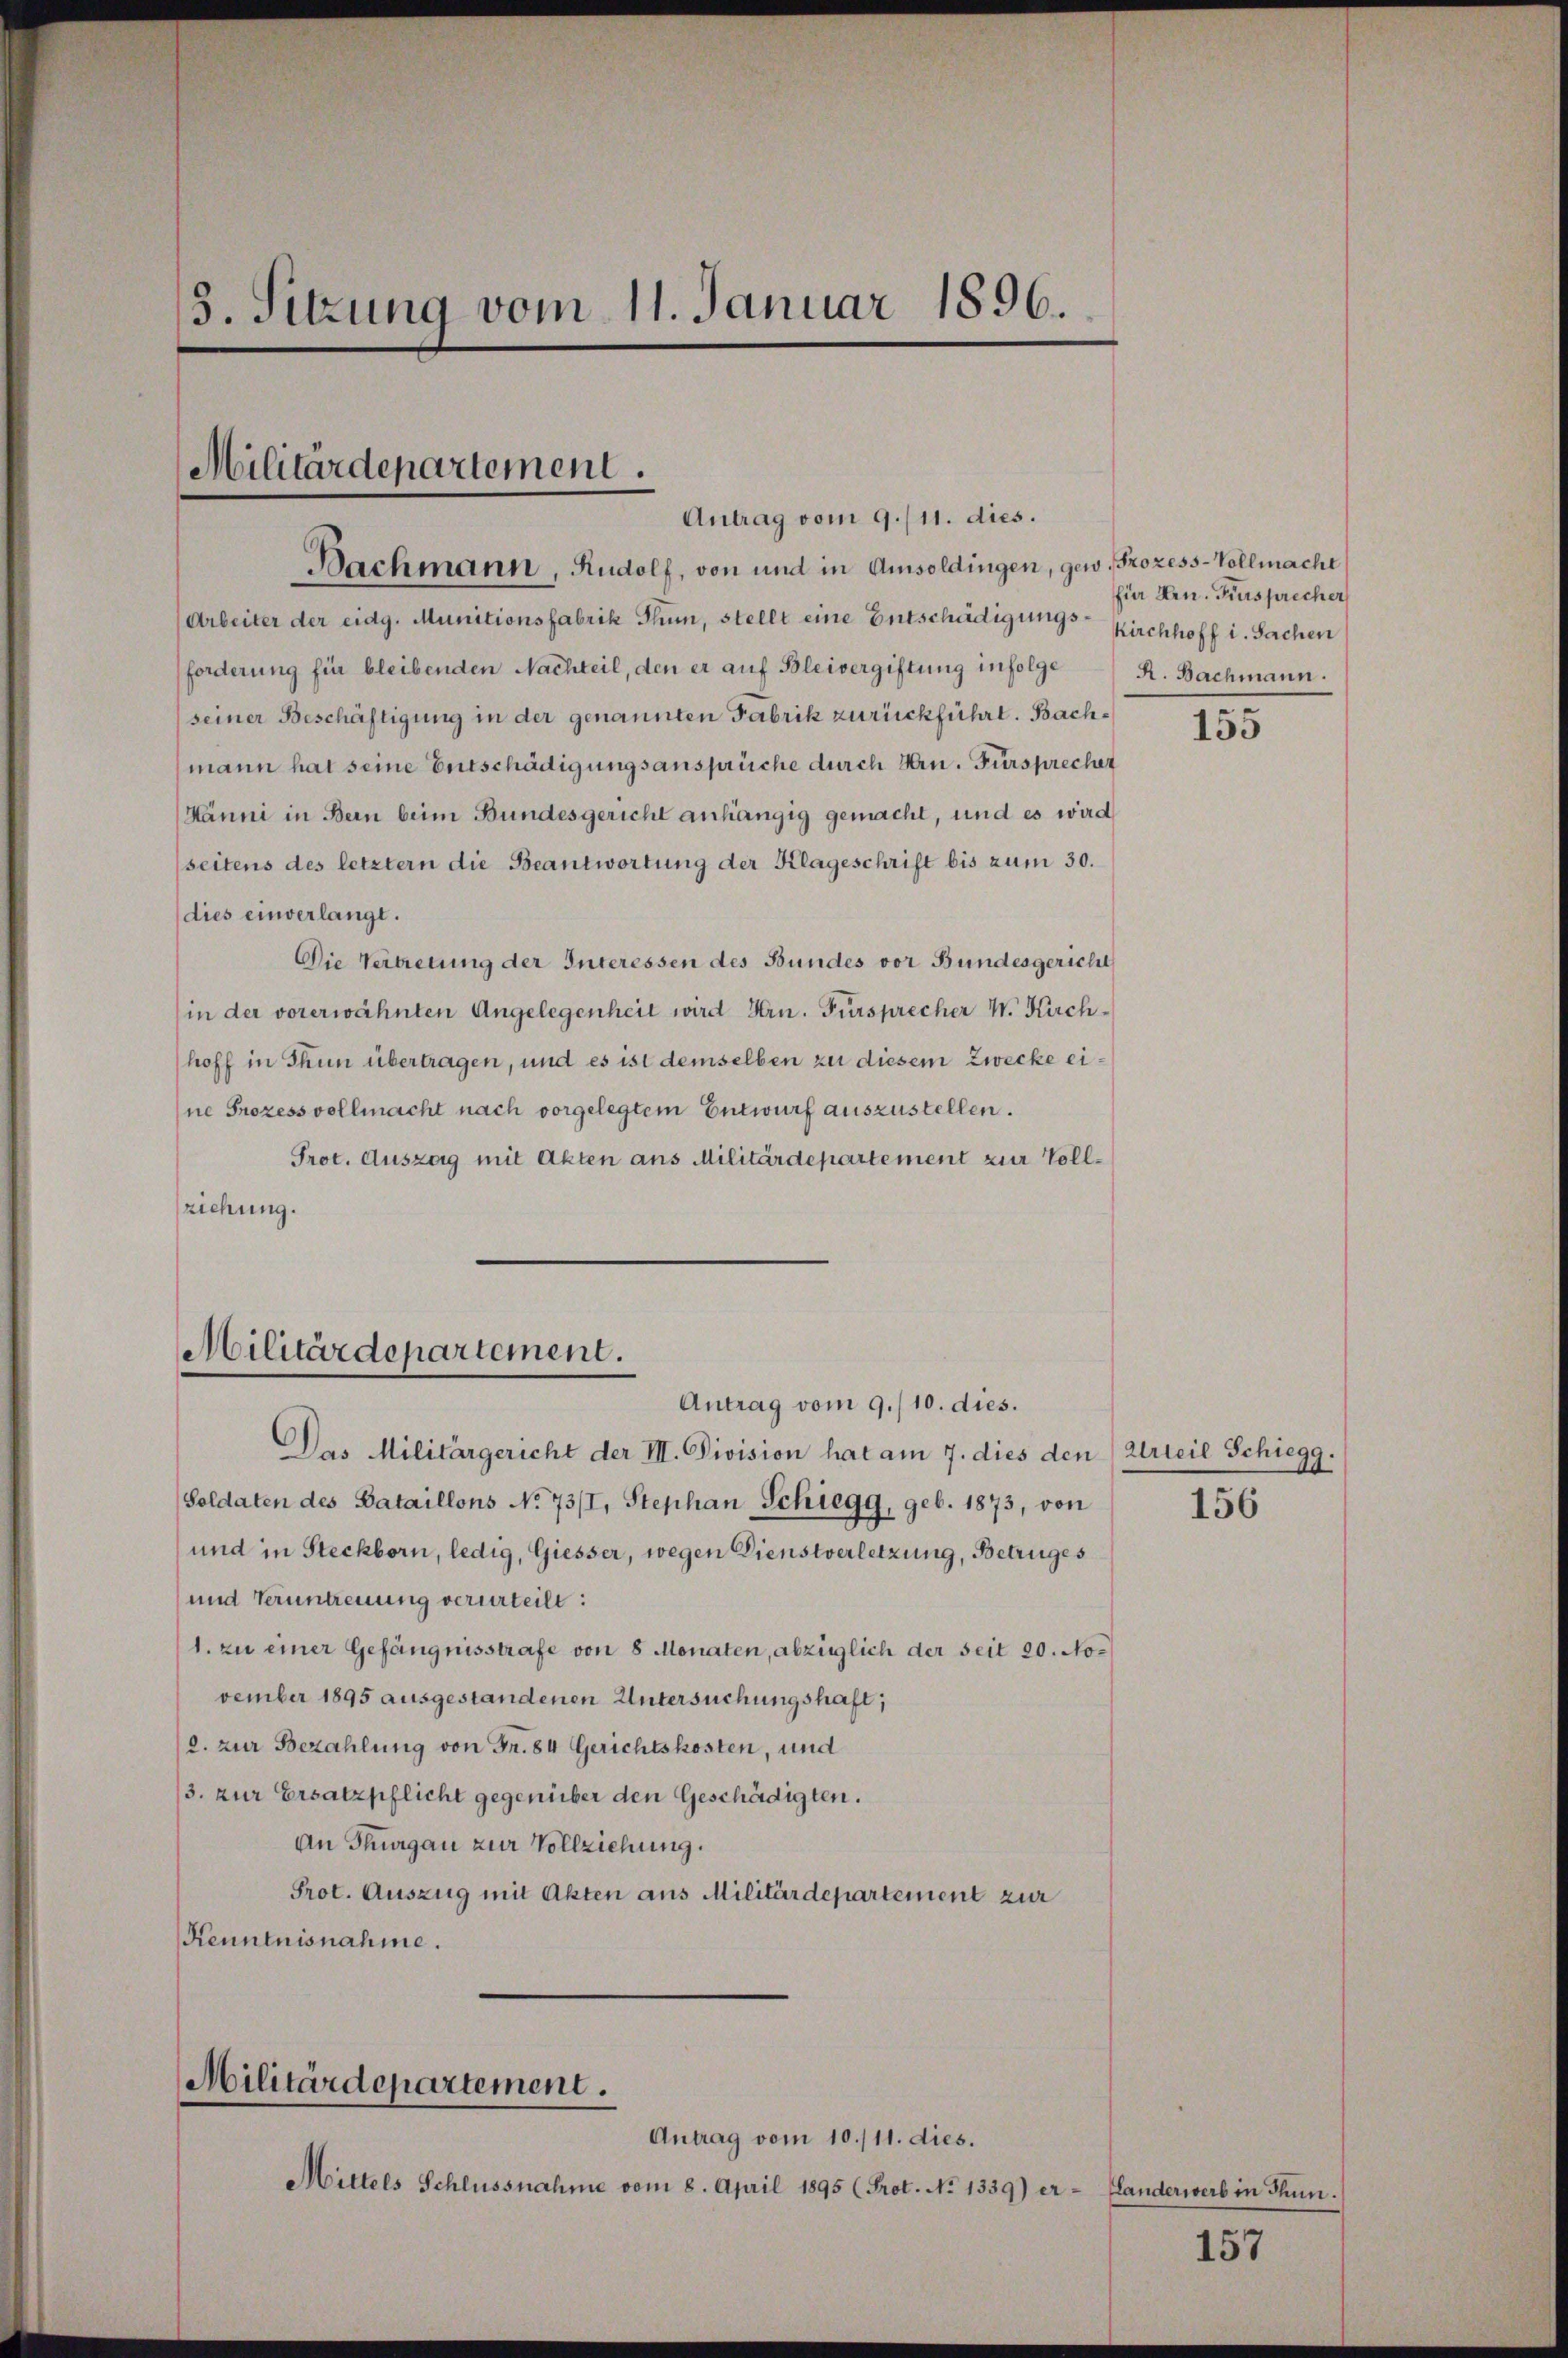
3. Sitzung vom 11. Januar 1896.

Militärdepartement.
Antrag vom 9./11. dies.
Bachmann, Rudolf, von und in Amsoldingen, gew. Prozess-Vollmacht

(Arbeiter der eidg. Munitionsfabrik Thun, stellt eine Entschädigungsforderung für bleibenden Nachteil, den er auf Bleibergiftung infolge R. Bachmann.
seiner Beschäftigung in der genannten Fabrik zurückführt. Bachmann hat seine Entschädigungsansprüche durch Hrn. Fürsprecher
(Hänni in Bern beim Bundesgericht anhängig gemacht, und es wird
(seitens des letztern die Beantwortung der Klageschrift bis zum 30.
dies einverlangt.
Die Vertretung der Interessen des Bundes vor Bundesgericht
in der vorerwähnten Angelegenheit wird Hrn. Fürsprecher W. Kirchhoff in Thun übertragen, und es ist demselben zu diesem Zwecke eine Prozessvollmacht nach vorgelegtem Entwurf auszustellen.
Prot. Auszag mit Akten aus Militärdepartement zur Vollziehung.

Militärdepartement.
Antrag vom 9./10. dies.

Das Militärgericht der III. Division hat am 7. dies den (Urteil Schiegg.
Soldaten des Bataillons No 73/I, Stephan Schiegg, geb. 1873, von
und in Steckborn, ledig, Giesser, wegen Dienstverletzung, Betruges
und Veruntreuung verurteilt:
1. zu einer Gefängnisstrafe von 8 Monaten, abzüglich der seit 20. November 1895 ausgestandenen Untersuchungshaft;
2. zur Bezahlung von Fr. 84 Gerichtskosten, und
/3. zur Ersatzpflicht gegenüber den Geschädigten.
An Thurgau zur Vollziehung.
Prot. Auszug mit Akten aus Militärdepartement zur
Kenntnisnahme.

Militärdepartement.
Antrag vom 10./11. dies.

Mittels Schlussnahme vom 8. April 1895 (Prot. No 1339) er- Handerwerb in Thun.

für Hrn. Fürsprecher
Kirchhoff i. Sachen

155

156

157